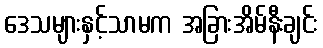
ဒေသများနှင့်သာမက အခြားအိမ်နီးချင်း